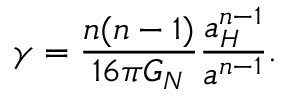
\gamma = { \frac { n ( n - 1 ) } { 1 6 \pi G _ { N } } } { \frac { a _ { H } ^ { n - 1 } } { a ^ { n - 1 } } } .